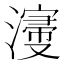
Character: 濅